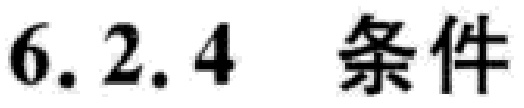
6.2.4 条件